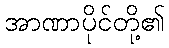
အာဏာပိုင်တို့၏